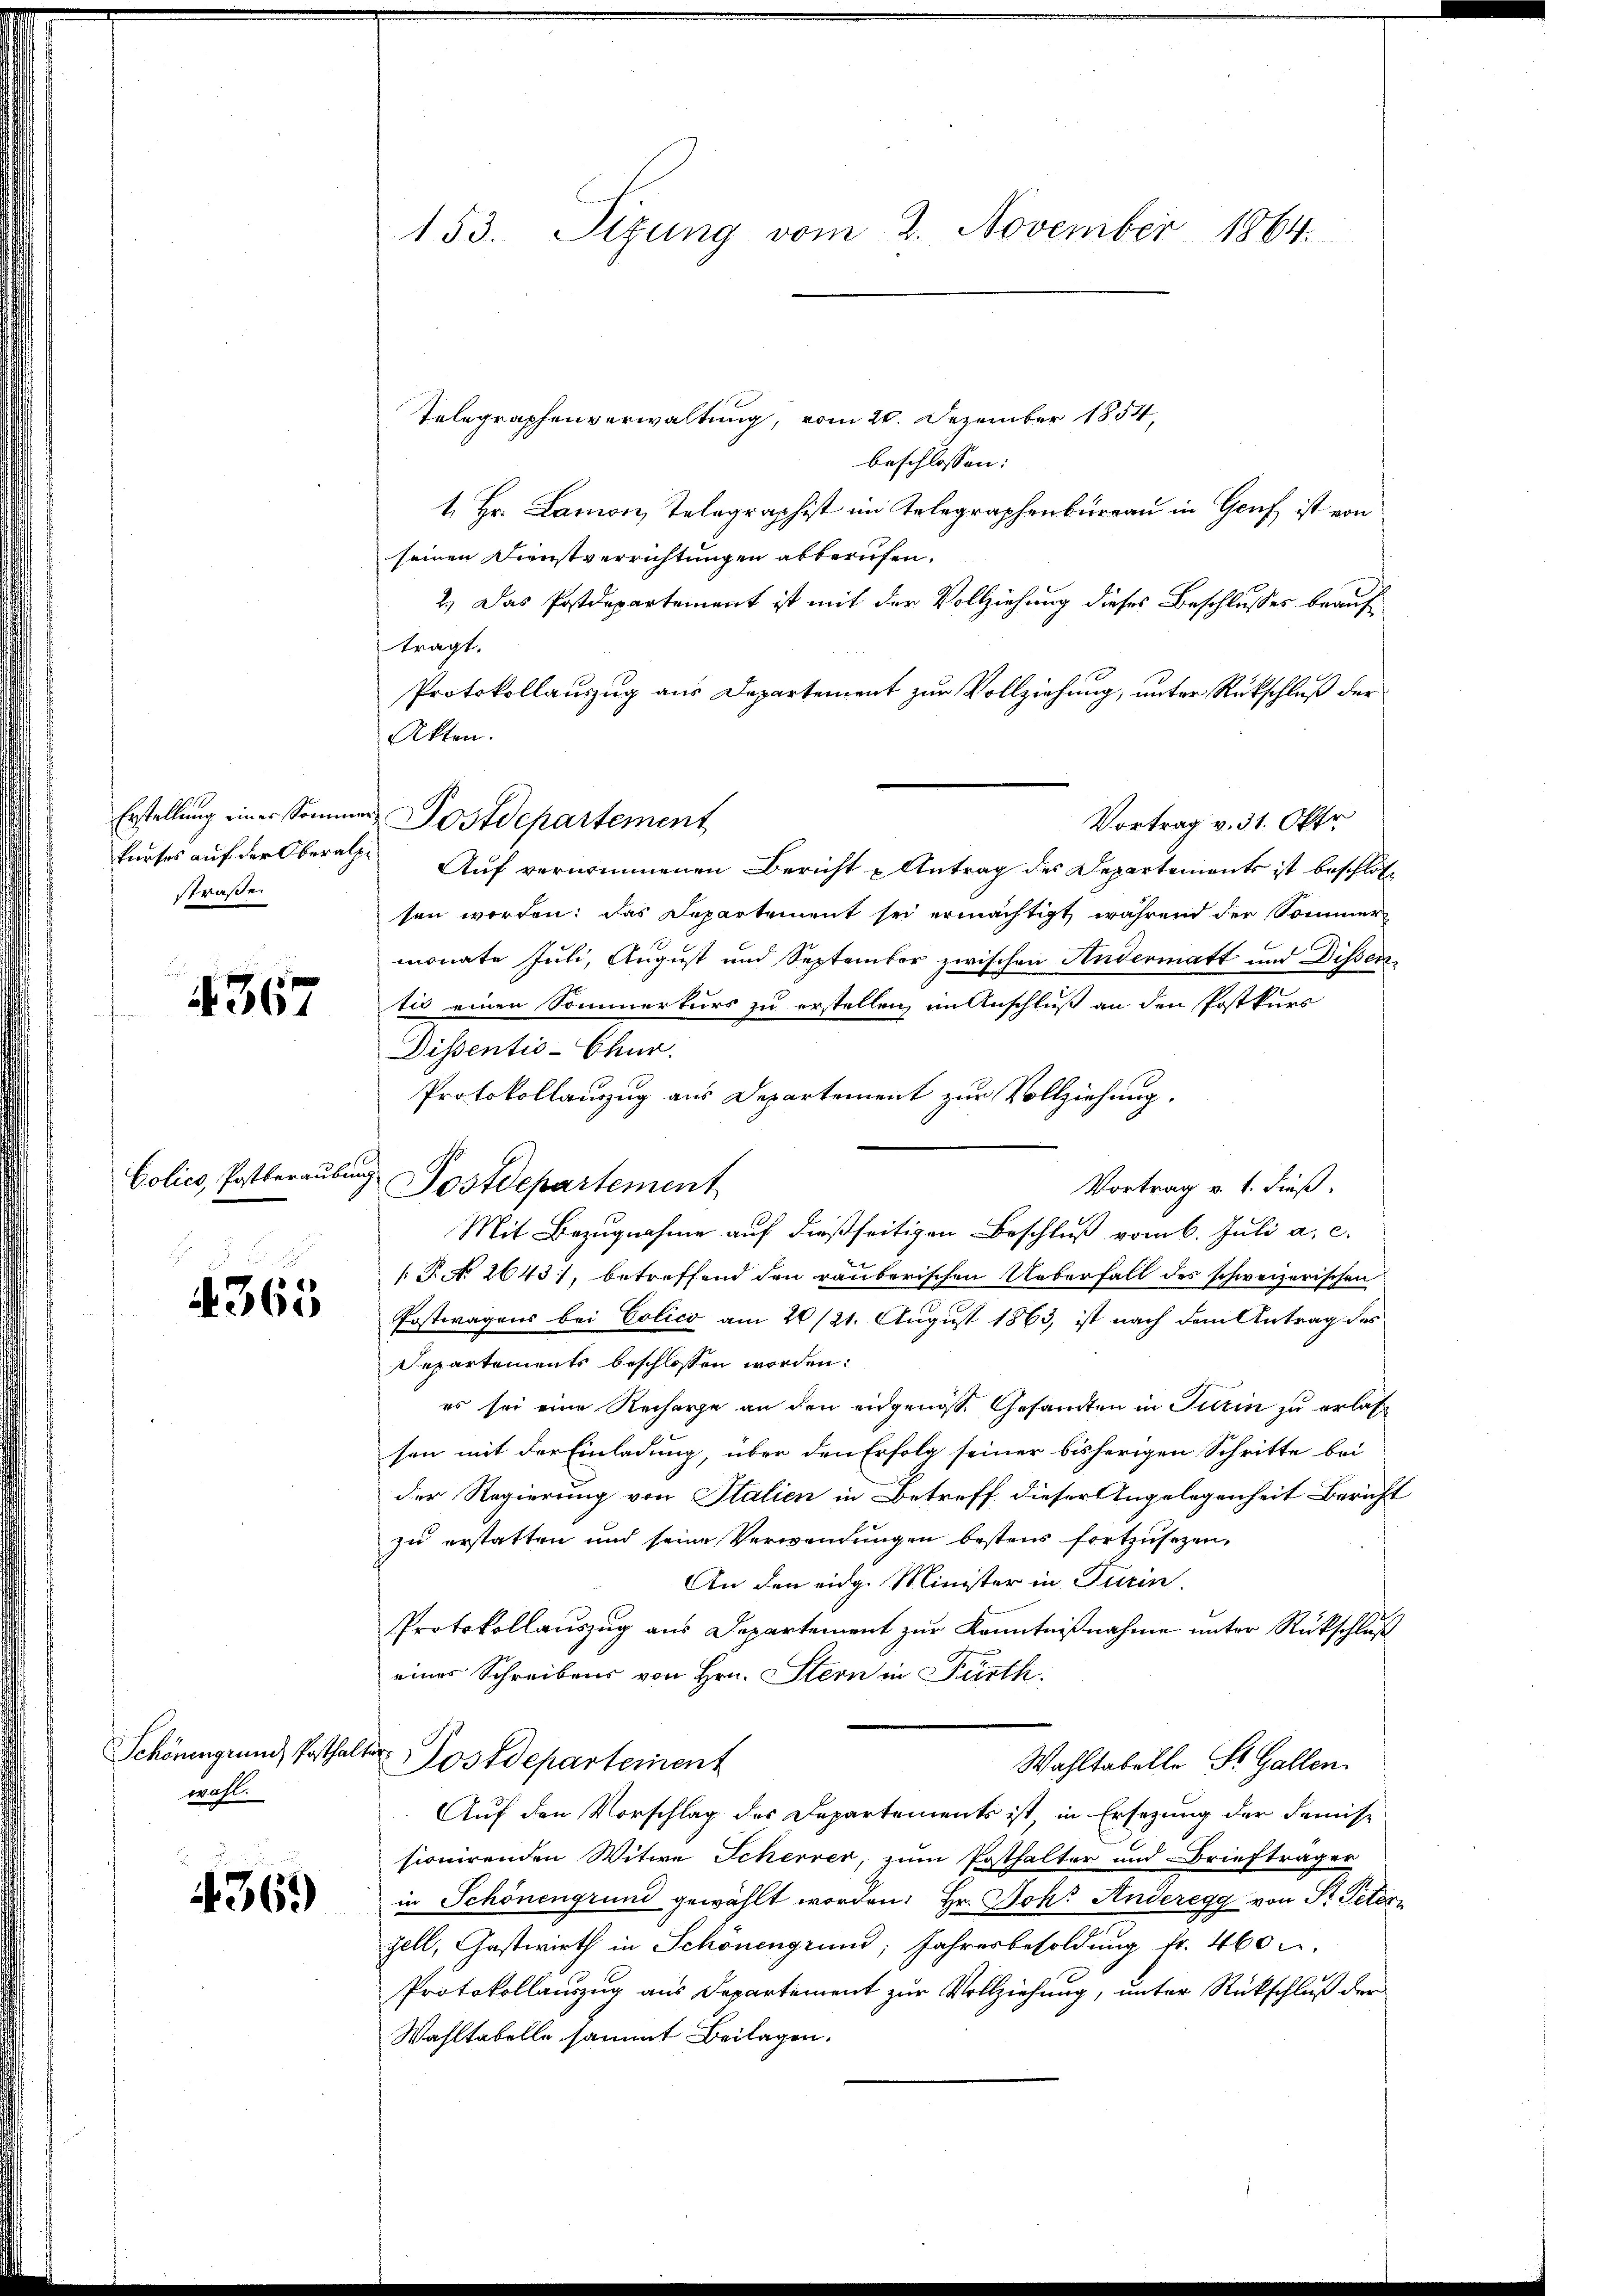
kurses auf der Oberalpe
straße.

4367

Colico, Postberaubung

365

Schönengrund Posthal.
wahl.

4361)

153. Sizung vom 2. November 1864.

Telegraphenverwaltung, vom 20. Dezember 1854
beschlossen:
1. Hr. Lamon, Telegraphist im Telegraphenburgau in Genf ist von
seinen Dienstverrichtungen abberufen.
2.) Das Postdepartement ist mit der Vollziehung dieses Beschlusses beauftragt.
Protokollauszug aus Departement zur Vollziehung, unter Rückschluß der
Akten.
Vortrag v. 31. Okto
Auf vernommenen Bericht u Antrag des Departements ist beschlossen worden; das Departement sei ermächtigt, während der Sommer
monate Juli, August und September zwischen Andermatt und Dissentico einen Sommerkurs zu erstellen, im Anschluß an den Postkurs
Dissentis-Chur.
Protokollauszug aus Departement zur Vollziehung.
Postdepartement
Vortrag v. 1. dieß,
Mit Bezugnahme auf dießseitigen Beschluß vom 6. Juli a. c.
[T. N. 2643), betreffend den räuberischen Ueberfall des schweizerischen
Postwagens bei Colico am 20/21. August 1863, ist nach dem Antrag des
Departements beschlossen worden.
es sei eine Recharge an den eidgenöss. Gesandten in Turin zu erlas
sen mit der Einladung, über den Erfolg seiner bisherigen Schritte bei
der Regierung von Italien in Betreff dieser Angelegenheit Bericht
zu erstatten und seine Verwendungen bestens fortzusezen,
An den eidg. Minister in Turin.
Protokollauszug aus Departement zur Kenntnißnahme unter Rückschluß
eines Schreibens von Hrn. Stern in Fürth.
T
Postdepartement
Wahltabelle St. Gallen.
Auf den Vorschlag des Departements ist in Ersezung der Demise
sionirenden Witwe Scherrer, zum Posthalter und Briefträger
in Schönengrund gewählt worden: Hr. Joh. Anderegg von St. Petern
zell, Gastwirth in Schonengrund; Jahresbesoldung fr. 460 u.
Protokollauszug aus Departement zur Vollziehung, unter Rückschluß der
Wahltabelle sammt Beilagen.

Erstellung einer Sommer Postdepartement